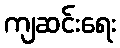
ကျဆင်းရေး